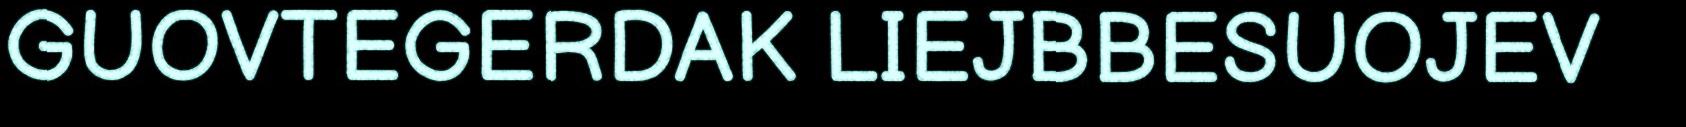
GUOVTEGERDAK LIEJBBESUOJEV